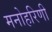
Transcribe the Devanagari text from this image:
मनोहरिणी